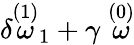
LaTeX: \delta\stackrel{(1)}{\omega}_{1}+\gamma\stackrel{(0)}{\omega}